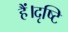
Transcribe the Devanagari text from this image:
हैं।दृष्टि